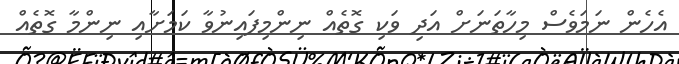
އެހެން ނަމަވެސް މިހާތަނަށް އަދި ވަކި ގޮތެއް ނިންމިފައިނުވާ ކަމަށާއި ނިންމާ ގޮތެއް